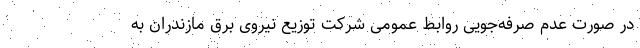
در صورت عدم صرفه‌جویی روابط عمومی شرکت توزیع نیروی برق مازندران به